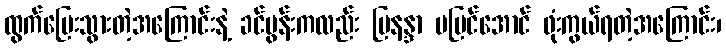
ထွက်ပြေးသွားတဲ့အကြောင်းနဲ့ ခင်ပွန်းကလည်း မြနန္ဒာ မမြင်အောင် ဖုံးကွယ်ရတဲ့အကြောင်း၊